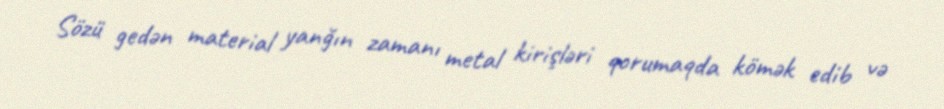
Sözü gedən material yanğın zamanı metal kirişləri qorumaqda kömək edib və